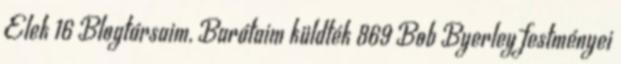
Elek 16 Blogtársaim, Barátaim küldték 869 Bob Byerley festményei